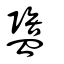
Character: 盬